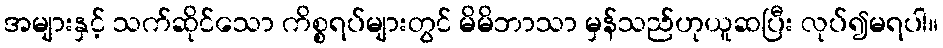
အများနှင့် သက်ဆိုင်သော ကိစ္စရပ်များတွင် မိမိဘာသာ မှန်သည်ဟုယူဆပြီး လုပ်၍မရပါ။